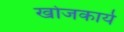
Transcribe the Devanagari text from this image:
खोजकार्य